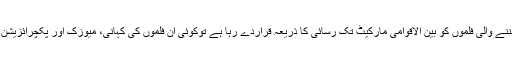
ایسے میں کوئی موجودہ دورمیں بننے والی فلموں کو بین الاقوامی مارکیٹ تک رسائی کا ذریعہ قراردے رہا ہے توکوئی ان فلموں کی کہانی، میوزک اور پکچرائزیشن کوکڑی تنقید کا نشانہ بنا رہا ہے۔